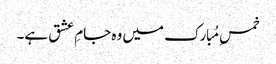
خمسِ مُبارک میں وہ جامِ عشق ہے۔